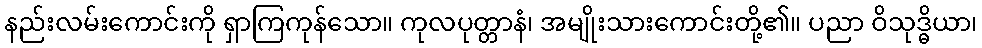
နည်းလမ်းကောင်းကို ရှာကြကုန်သော။ ကုလပုတ္တာနံ၊ အမျိုးသားကောင်းတို့၏။ ပညာ ဝိသုဒ္ဓိယာ၊